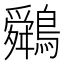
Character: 䴄